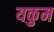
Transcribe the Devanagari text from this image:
यकुम